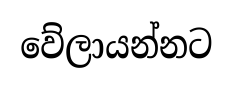
වේලායන්නට